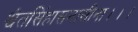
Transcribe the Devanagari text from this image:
श्वेतसिंहासनासीना।।।